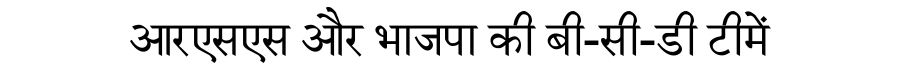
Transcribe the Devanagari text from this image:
आरएसएस और भाजपा की बी-सी-डी टीमें